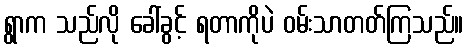
ရွာက သည်လို ခေါ်ခွင့် ရတာကိုပဲ ဝမ်းသာတတ်ကြသည်။